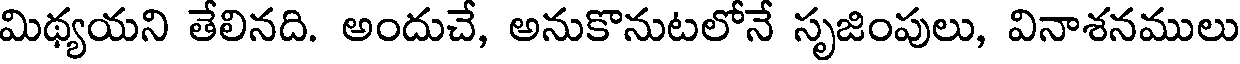
మిథ్యయని తేలినది. అందుచే, అనుకొనుటలోనే సృజింపులు, వినాశనములు